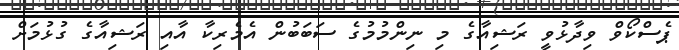
ޕެސްކޯވް ވިދާޅުވީ ރަޝިއާގެ މި ނިންމުމުގެ ސަބަބުން އެމެރިކާ އާއި ރަޝިއާގެ ގުޅުމަށް